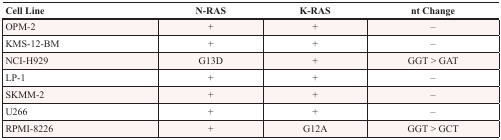
| Cell Line | N-RAS | K-RAS | nt Change |
 | --- | --- | --- | --- |
 | OPM-2 | + | + | – |
 | KMS-12-BM | + | + | – |
 | NCI-H929 | G13D | + | GGT > GAT |
 | LP-1 | + | + | – |
 | SKMM-2 | + | + | – |
 | U266 | + | + | – |
 | RPMI-8226 | + | G12A | GGT > GCT |